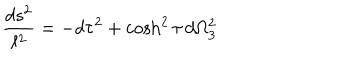
{ \frac { d s ^ { 2 } } { \ell ^ { 2 } } } = - d \tau ^ { 2 } + \cosh ^ { 2 } \tau \, d \Omega _ { 3 } ^ { 2 }